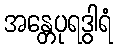
အန္တေပုရဒွါရံ